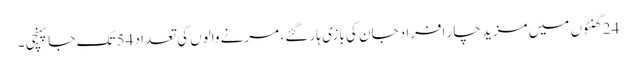
24 گھنٹوں میں مزید چار افراد جان کی بازی ہار گئے ، مرنے والوں کی تعداد 54 تک جا پہنچی ۔